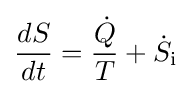
{\frac {dS}{dt}}={\frac {\dot {Q}}{T}}+{\dot {S}}_{\text{i}}